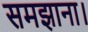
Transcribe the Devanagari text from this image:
समझाना।